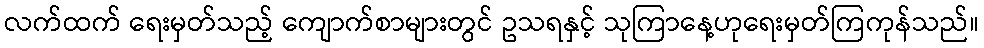
လက်ထက် ရေးမှတ်သည့် ကျောက်စာများတွင် ဥသရနှင့် သုကြာနေ့ဟုရေးမှတ်ကြကုန်သည်။